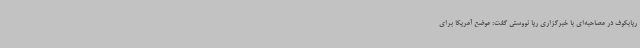
ریابکوف در مصاحبه‌ای با خبرگزاری ریا نووستی گفت: موضع آمریکا برای